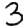
Digit: 3